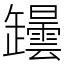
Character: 𦉡